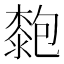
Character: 㯡